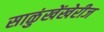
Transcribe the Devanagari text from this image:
साळुंखेंखेरीज